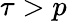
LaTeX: \tau>p